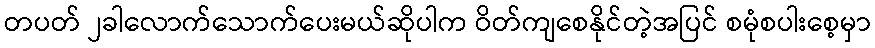
တပတ် ၂ခါလောက်သောက်ပေးမယ်ဆိုပါက ဝိတ်ကျစေနိုင်တဲ့အပြင် စမုံစပါးစေ့မှာ